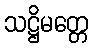
သဋ္ဌိမတ္တေ